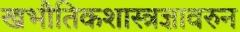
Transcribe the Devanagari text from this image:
खभौतिकशास्त्रज्ञावरुन